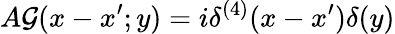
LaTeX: A{\cal G}(x-x^{\prime};y)=i\delta^{(4)}(x-x^{\prime})\delta(y)